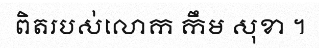
ពិតរបស់លោក កឹម សុខា ។